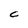
Character: C